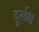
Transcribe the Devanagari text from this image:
दूर्लक्ष